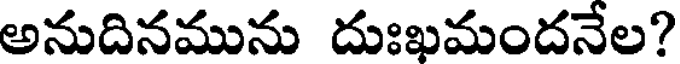
అనుదినమును దుఃఖమందనేల?